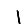
Digit: 1